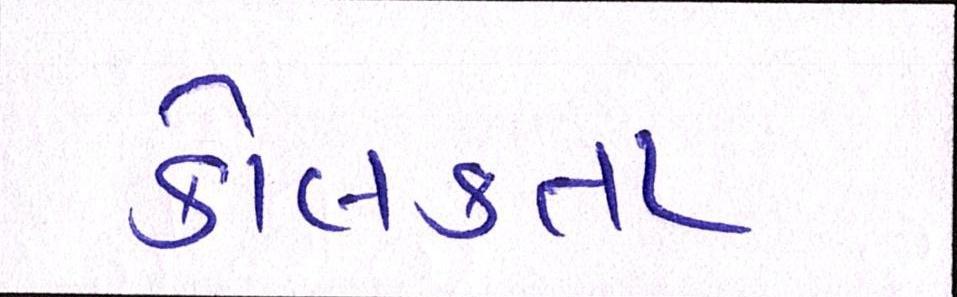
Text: કોલકતા